Annual report of the Civil Veterinary Department, Bengal, and of the Bengal Veterinary College for the year 1903-1904 - 1903-1904
Year: 1903
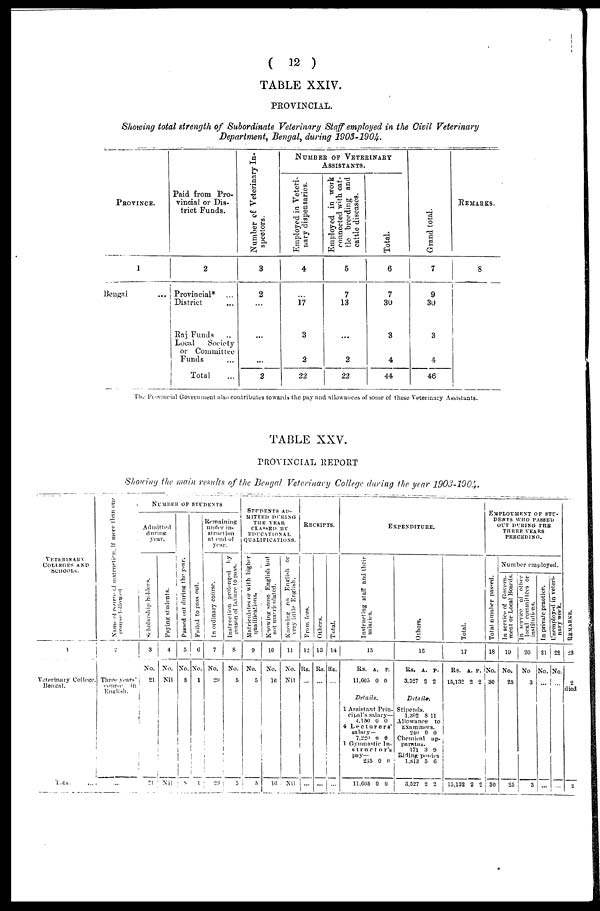
(
12 )
TABLE XXIV.
PROVINCIAL.
Showing total strength of Subordinate Veterinary Staff employed in the Civil Veterinary
Department, Bengal, during 1903-1904.
PROVINCE.
1
Bengal ...
Paid from Pro-
vincial or Dis-
trict Funds.
2
Provincial* ...
District ...
Raj Funds ..
Local
Society
or Committee
Funds ...
Total ...
NUMBER OF VETERINARY ASSISTANTS.
3
2
...
...
...
2
Number of Veterinary
Assistants.
Employed in Veteri-
nary dispensaries.
4
...
17
3
2
22
Employed in work
connected with cat-
tle breeding and
cattle diseases.
5
7
13
...
2
22
Total.
6
7
30
3
4
44
Grand total.
7
9
30
3
4
46
REMARKS.
8
The Provincial Government also contributes towards the pay and allowances of some of these Veterinary Assistants.
TABLE XXV.
PROVINCIAL REPORT
Showing the main results of the Bengal Veterinary College during the year 1903-1904.
VETERINARY
COLLEGES AND
SCHOOLS.
1
Veterinary College,
Bengal.
Total. ...
Name of course of instruction, if more than one
course followed
Three years'
course
in
English.
...
NUMBER OF STUDENTS
Admit tod
during
year.
Scholarship holders.
No.
21
21
Paying students.
4
No.
Nil
Nil
Passed out during the year.
5
No.
8
8
Failed to pass out.
No.
1
1
Remaining
under in-
struction
at end of
year.
In ordinary course.
No.
29
20
Instruction prolonged by
reason of failure to pass.
No.
5
5
EMPLOYMENT OF STUDENTS DURING
THE YEAR
CLASSED BY
EDUCATIONAL
QUALIFICATIONS.
Matriculates or with higher
qualifications.
No.
5
5
Knowing some English but
not matriculated.
10
No.
16
16
Knowing no English or
very little English.
11
No.
Nil
Nil
RECEIPTS.
From fees.
12
Rs.
...
...
Others.
13
Rs.
...
...
Total.
14
Rs.
...
...
EXPENDITURE.
Instructing staff and their
salaries.
15
RS. A. P
11,605 0 0
Details.
1 Assistant Prin-
cipal's salary—
4,150 0 0
4 Lecturers'
salary—
7,220 0 0
1 Gyumastic In-
structor's
pay—
235 0 II
11,605 0 0
Others.
16
RS. A. P.
3,527 2 2
Details.
Stipends.
1,302 8 11
Allowance to
Examiners.
240 0 0
Chemical
ap-
paratus.
171 3 0
Riding ponies
1,813 5 6
3,527 2 2
Total.
17
RS. A. P.
15,132 2 2
15,132 2 2
Employment of stu-
dents WHO PASSED
OUT DURING THE
THREE YEARS
PRECEDING.
Number employed.
Total number passed.
18
No.
30
30
In service of Govern-
ment or Local Boards.
19
No.
25
25
In service of other
local committees or
institutions.
20
No
3
3
In private practice.
21
No.
...
...
Unemployed in veteri-
nary work.
22
No.
...
...
REMARKS.
23
2
died
2